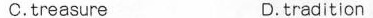
C.treasure D.tradition